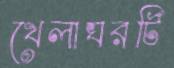
খেলাঘরটি